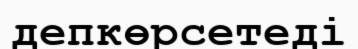
депкөрсетеді